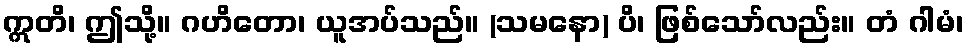
ဣတိ၊ ဤသို့။ ဂဟိတော၊ ယူအပ်သည်။ (သမနော) ပိ၊ ဖြစ်သော်လည်း။ တံ ဂါမံ၊